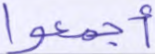
أجمعوا